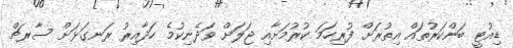
ޑިއުޓީ ބަންކަރުތައް އިތުރަށް ފުރިހަމަ ކުރުމަށާއި ޖަލަށް ވަދެނިކުމެ ހަދާއިރު ރަނގަޅަށް ސާރޗް